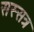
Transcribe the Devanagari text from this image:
सस्सत्र